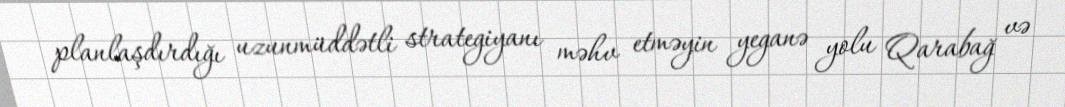
planlaşdırdığı uzunmüddətli strategiyanı məhv etməyin yeganə yolu Qarabağ və